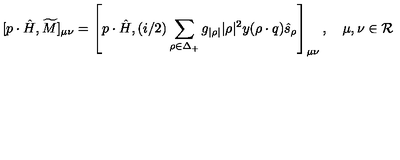
[ p \cdot \hat { H } , \widetilde { M } ] _ { \mu \nu } = \left[ p \cdot \hat { H } , { ( i / 2 ) } \sum _ { \rho \in \Delta _ { + } } g _ { | \rho | } { | \rho | ^ { 2 } } y ( \rho \cdot q ) \hat { s } _ { \rho } \right] _ { \mu \nu } , \quad \mu , \nu \in { \cal R }